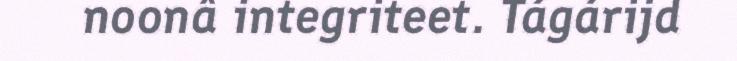
noonâ integriteet. Tágárijd